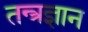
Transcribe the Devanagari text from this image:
तन्त्रज्ञान